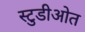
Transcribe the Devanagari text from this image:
स्टुडीओत